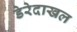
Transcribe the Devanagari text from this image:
डेरेदाखल